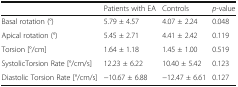
|  | Patients with EA | Controls | p-value |
 | --- | --- | --- | --- |
 | Basal rotation (°) | 5.79 ± 4.57 | 4.07 ± 2.24 | 0.048 |
 | Apical rotation (°) | 5.45 ± 2.71 | 4.41 ± 2.42 | 0.119 |
 | Torsion [°/cm] | 1.64 ± 1.18 | 1.45 ± 1.00 | 0.519 |
 | SystolicTorsion Rate [°/cm/s] | 12.23 ± 6.22 | 10.40 ± 5.42 | 0.123 |
 | Diastolic Torsion Rate [°/cm/s] | −10.67 ± 6.88 | −12.47 ± 6.61 | 0.127 |